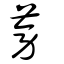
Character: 蒡